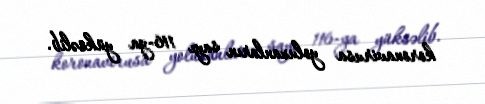
koronavirusa yoluxanların sayı 116-ya yüksəlib.